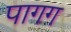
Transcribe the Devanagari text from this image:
पागग